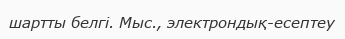
шартты белгі. Мыс., электрондық-есептеу